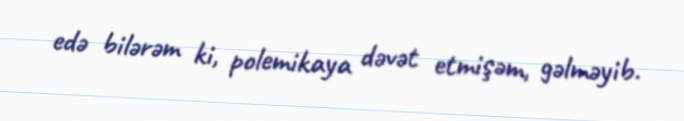
edə bilərəm ki, polemikaya dəvət etmişəm, gəlməyib.